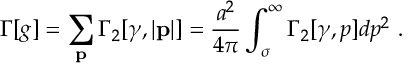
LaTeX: \Gamma [ g ] = \sum _ { \bf p } \Gamma _ { 2 } [ \gamma , | { \bf p } | ] = { \frac { a ^ { 2 } } { 4 \pi } } \int _ { \sigma } ^ { \infty } \Gamma _ { 2 } [ \gamma , p ] d p ^ { 2 } ~ .